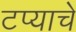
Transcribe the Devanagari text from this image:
टप्याचे